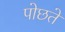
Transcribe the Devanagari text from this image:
पोछते